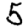
Digit: 5